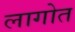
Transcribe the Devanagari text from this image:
लागोत